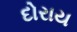
દોરાય